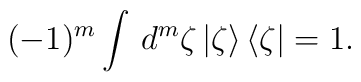
(-1)^m\int\,d^{m}\zeta\,|\zeta\rangle\,\langle\zeta|=1.